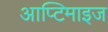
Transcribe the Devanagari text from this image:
आप्टिमाइज